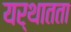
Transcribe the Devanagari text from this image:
यर्थातता